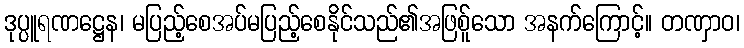
ဒုပ္ပူရဏဋ္ဌေန၊ မပြည့်စေအပ်မပြည့်စေနိုင်သည်၏အဖြစ်ူသော အနက်ကြောင့်။ တဏှာဝ၊